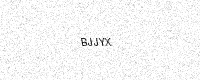
Text: BJJYX